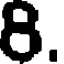
8.